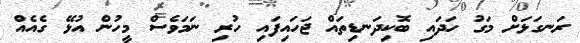
ރަނގަޅަށް މަގު ހަދައި ބޮކިދަނޑިތައް ޖަހައިފައި ހުރި ނަމަވެސް މީހުން އުޅޭ ގެއެއް